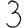
Digit: 3